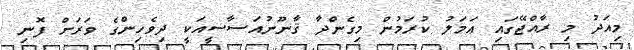
މިއަދު މި ރާއްޖޭގައި ޢަމަލު ކުރަމުން މިގެންދާ ޤާނޫނުއަސާސީއަކީ ދިވެހިންގެ ވަރަށް ފޮނި